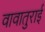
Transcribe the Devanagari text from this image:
वावातुराई